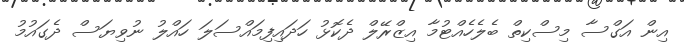
އިން އަގްސާ މިސްކިތް ބެލެހެއްޓުމާ އިޒްރޭލް ދެކޮޅު ހަދައިފިމައްސަލަ ހައްލު ނުވިޔަސް ދެގައުމު